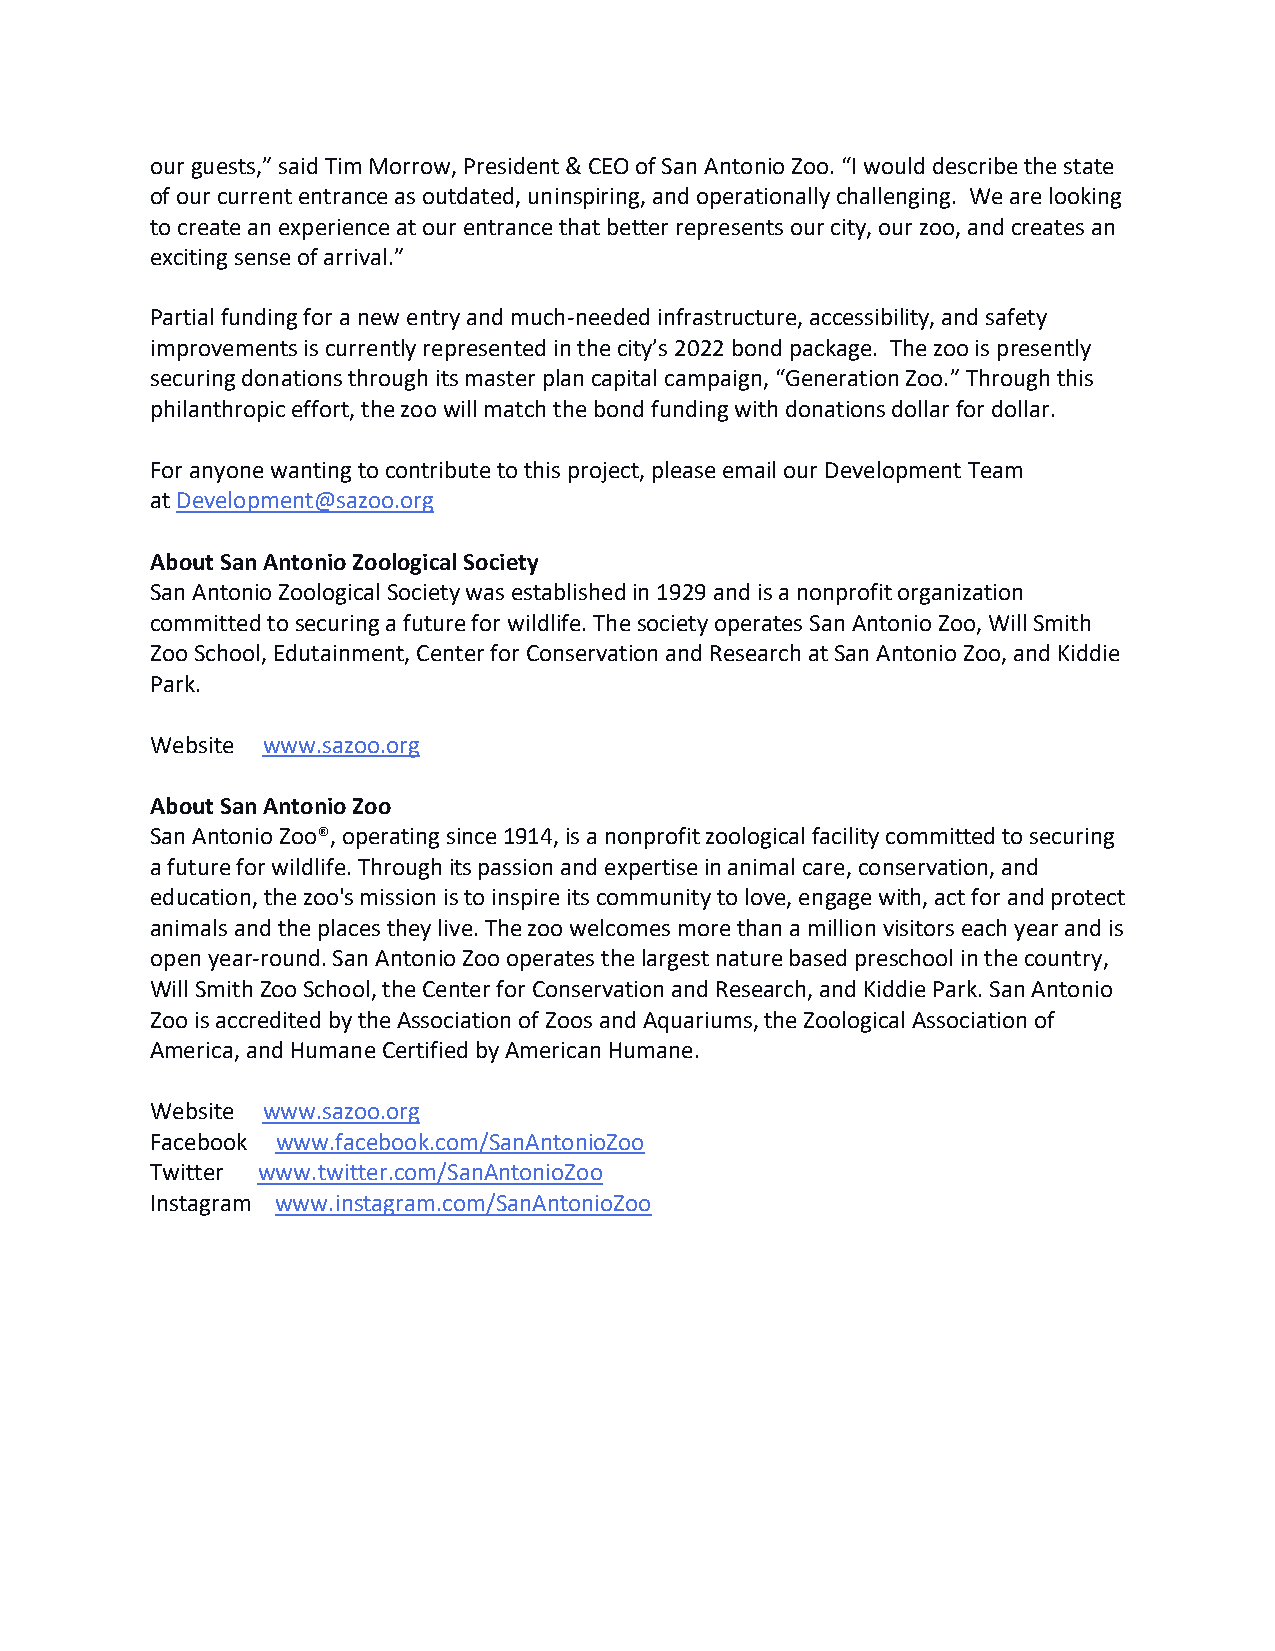
our guests,” said Tim Morrow, President & CEO of San Antonio Zoo. “I would describe the state
 of our current entrance as outdated, uninspiring, and operationally challenging. We are looking
 to create an experience at our entrance that better represents our city, our zoo, and creates an
 exciting sense of arrival.”
 Partial funding for a new entry and much-needed infrastructure, accessibility, and safety
 improvements is currently represented in the city’s 2022 bond package. The zoo is presently
 securing donations through its master plan capital campaign, “Generation Zoo.” Through this
 philanthropic effort, the zoo will match the bond funding with donations dollar for dollar.
 For anyone wanting to contribute to this project, please email our Development Team
 at Development@sazoo.org
 About San Antonio Zoological Society
 San Antonio Zoological Society was established in 1929 and is a nonprofit organization
 committed to securing a future for wildlife. The society operates San Antonio Zoo, Will Smith
 Zoo School, Edutainment, Center for Conservation and Research at San Antonio Zoo, and Kiddie
 Park.
 Website www.sazoo.org
 About San Antonio Zoo
 San Antonio Zoo®, operating since 1914, is a nonprofit zoological facility committed to securing
 a future for wildlife. Through its passion and expertise in animal care, conservation, and
 education, the zoo's mission is to inspire its community to love, engage with, act for and protect
 animals and the places they live. The zoo welcomes more than a million visitors each year and is
 open year-round. San Antonio Zoo operates the largest nature based preschool in the country,
 Will Smith Zoo School, the Center for Conservation and Research, and Kiddie Park. San Antonio
 Zoo is accredited by the Association of Zoos and Aquariums, the Zoological Association of
 America, and Humane Certified by American Humane.
 Website www.sazoo.org
 Facebook www.facebook.com/SanAntonioZoo
 Twitter www.twitter.com/SanAntonioZoo
 Instagram www.instagram.com/SanAntonioZoo